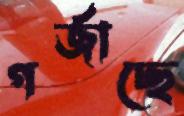
গর্জাচ্ছে